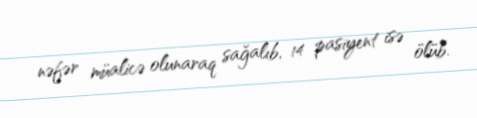
nəfər müalicə olunaraq sağalıb, 14 pasiyent isə ölüb.